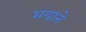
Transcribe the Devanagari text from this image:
मयाने